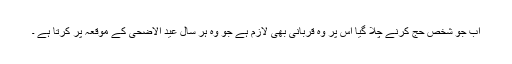
اب جو شخص حج کرنے چلا گیا اُس پر وہ قربانی بھی لازم ہے جو وہ ہر سال عید الاضحی کے موقعہ پر کرتا ہے ۔